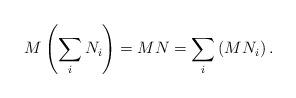
LaTeX: \begin{align*}M\left(\sum_i N_i \right) = MN = \sum_i \left(MN_i\right).\end{align*}